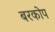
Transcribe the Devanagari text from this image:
बरकोप